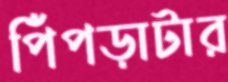
পিঁপড়াটার